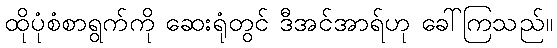
ထိုပုံစံစာရွက်ကို ဆေးရုံတွင် ဒီအင်အာရ်ဟု ခေါ်ကြသည်။